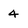
Character: 4